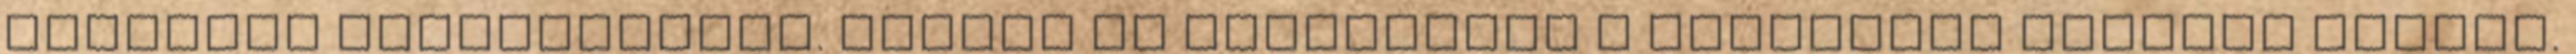
tengerre vonatkozólag. Ezekre az ezredorvos a lehetőség szerint felelt.